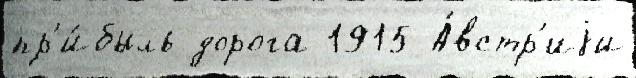
пр'и́быль дорога 1915 А́встр'иjи